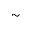
\sim